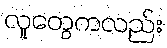
လူတွေကလည်း